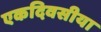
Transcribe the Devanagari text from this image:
एकदिवसीया